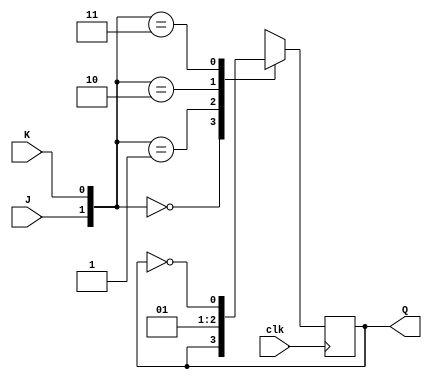
`timescale 1ns / 1ps
//////////////////////////////////////////////////////////////////////////////////

// ID          : N180116
//Branch       : ECE
//Project Name : RTL design using Verilog
//Design  Name : 3 Bit ASynchronous Down Counter
//Module  Name : JK_FF
//RGUKT NUZVID 
//////////////////////////////////////////////////////////////////////////////////


module JK_FF(clk,J,K,Q);
input clk,J,K;
output reg Q=0;
always@(posedge clk) begin
     case({J,K})
   2'b00   :   Q<=Q;
   2'b01   :   Q<=1'b0;
   2'b10   :   Q<=1'b1;
   2'b11   :   Q<=~Q;
    endcase
end
endmodule